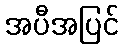
အပီအပြင်